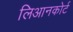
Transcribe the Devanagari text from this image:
लिआनकोर्ट